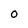
Character: 0